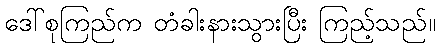
ဒေါ်စုကြည်က တံခါးနားသွားပြီး ကြည့်သည်။